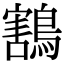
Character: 鶷